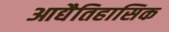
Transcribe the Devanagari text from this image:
आद्यैतिहासिक